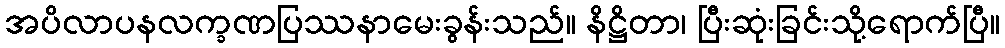
အပိလာပနလက္ခဏပြဿနာမေးခွန်းသည်။ နိဋ္ဌိတာ၊ ပြီးဆုံးခြင်းသို့ရောက်ပြီ။